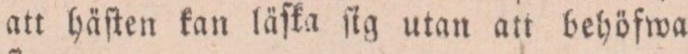
att häſten kan läſka ſig utan att behöfwa